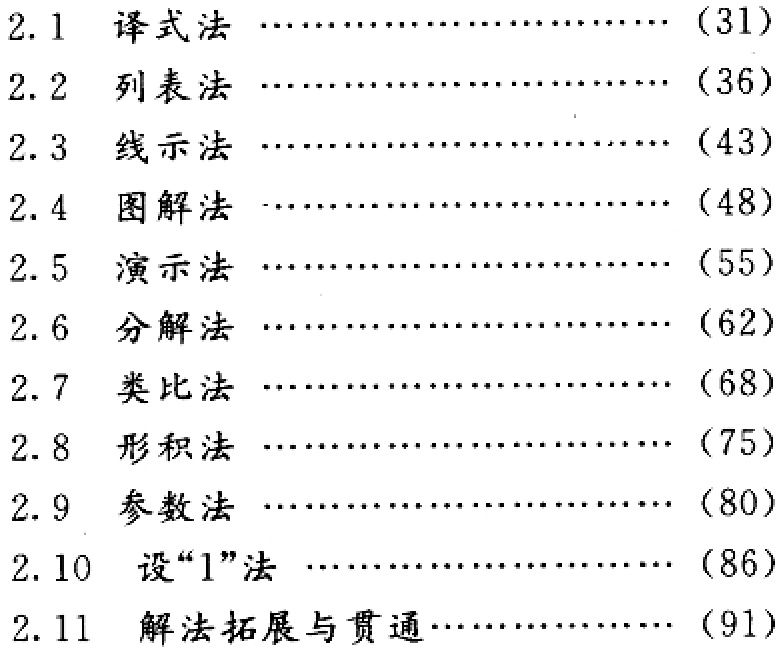
\begin{enumerate}

\item[2.1] 译式法 \hfill (31)

\item[2.2] 列表法 \hfill (36)

\item[2.3] 线示法 \hfill (43)

\item[2.4] 图解法 \hfill (48)

\item[2.5] 演示法 \hfill (55)

\item[2.6] 分解法 \hfill (62)

\item[2.7] 类比法 \hfill (68)

\item[2.8] 形积法 \hfill (75)

\item[2.9] 参数法 \hfill (80)

\item[2.10] 设“1”法 \hfill (86)

\item[2.11] 解法拓展与贯通 \hfill (91)

\end{enumerate}